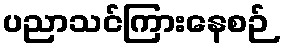
ပညာသင်ကြားနေစဉ်